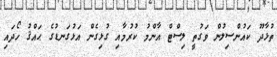
ތުޅާދޫ ކައުންސިލުން ވަގުތީ ލިސްޓް އާންމު ކުރުމާއި ގުޅިގެން އަޅުގަނޑުގެ ޙައްޤު ހޯދައި